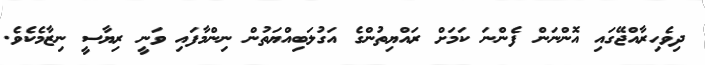
ދިވެހިރާއްޖޭގައި އޮންނަން ފެންނަ ކަމަށް ރައްޔިތުންގެ އަގުލަބިއްޔަތުން ނިންމާފައި ވަނީ ރިޔާސީ ނިޒާމެކެވެ.